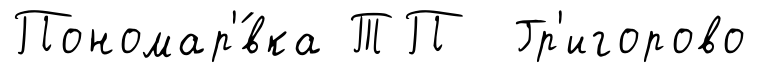
Пономар'́вка ТП Гр'игорово